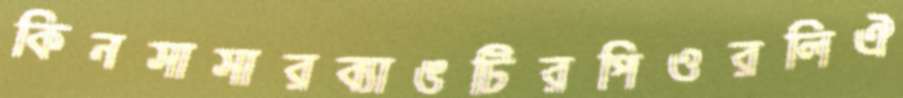
কিনসাসারব্যাঙটিরপিওরলিঐ